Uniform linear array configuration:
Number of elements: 24
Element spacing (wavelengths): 0.5
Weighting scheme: cosine
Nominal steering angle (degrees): -60
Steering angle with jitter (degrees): -59.579
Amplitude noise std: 0.05
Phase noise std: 0.05

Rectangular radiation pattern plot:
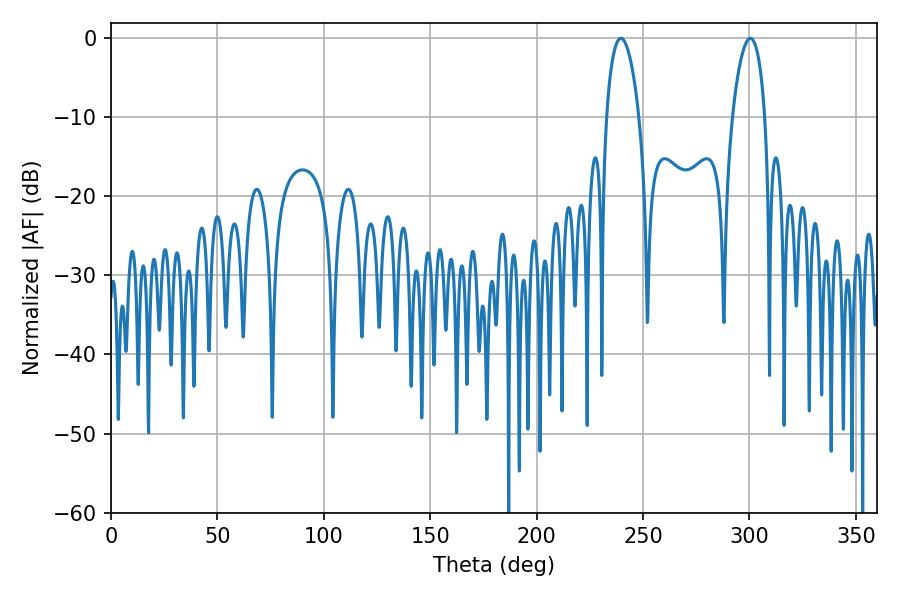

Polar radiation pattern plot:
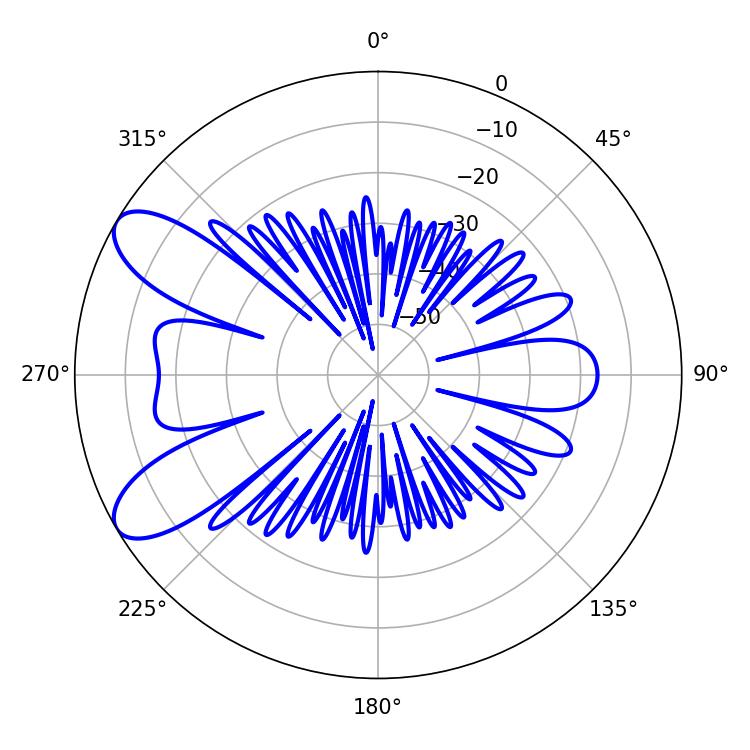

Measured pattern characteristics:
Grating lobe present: FALSE
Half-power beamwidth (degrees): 8.64
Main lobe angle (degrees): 239.58